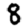
Digit: 8